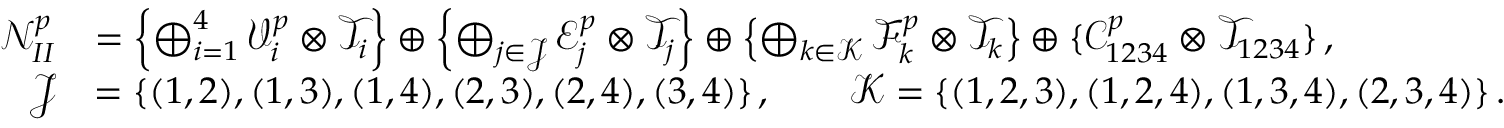
\begin{array} { r l } { \mathcal { N } _ { I I } ^ { p } } & { = \left\{ \bigoplus _ { i = 1 } ^ { 4 } \mathcal { V } _ { i } ^ { p } \otimes \mathcal { T } _ { i } \right\} \oplus \left\{ \bigoplus _ { j \in \mathcal { J } } \mathcal { E } _ { j } ^ { p } \otimes \mathcal { T } _ { j } \right\} \oplus \left\{ \bigoplus _ { k \in \mathcal { K } } \mathcal { F } _ { k } ^ { p } \otimes \mathcal { T } _ { k } \right\} \oplus \{ \mathcal { C } _ { 1 2 3 4 } ^ { p } \otimes \mathcal { T } _ { 1 2 3 4 } \} \, , } \\ { \mathcal { J } } & { = \{ ( 1 , 2 ) , ( 1 , 3 ) , ( 1 , 4 ) , ( 2 , 3 ) , ( 2 , 4 ) , ( 3 , 4 ) \} \, , \qquad \mathcal { K } = \{ ( 1 , 2 , 3 ) , ( 1 , 2 , 4 ) , ( 1 , 3 , 4 ) , ( 2 , 3 , 4 ) \} \, . } \end{array}